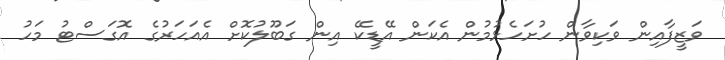
ވަޒީފާއިން ވަކިވާން ހުށަހެޅުމުން އެކަން އޭޑީކޭ އިން ގަބޫލުކޮށް އެއަހަރުގެ އޮގަސްޓު މަހު